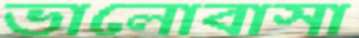
ভালোবাসা